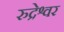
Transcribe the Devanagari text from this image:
रुद्रेश्वर